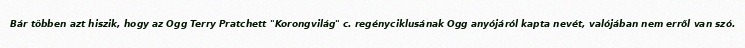
Bár többen azt hiszik, hogy az Ogg Terry Pratchett "Korongvilág" c. regényciklusának Ogg anyójáról kapta nevét, valójában nem erről van szó.